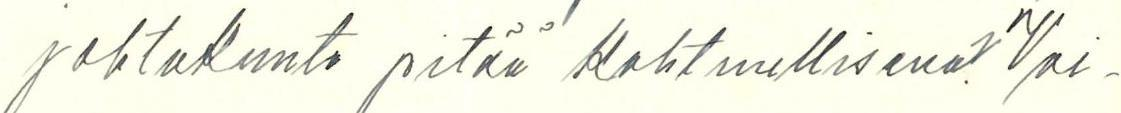
johtokunta pitää kohtuullisena? Voi-